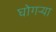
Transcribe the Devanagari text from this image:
घोगर्‍या